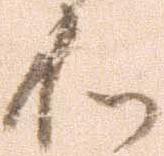
和